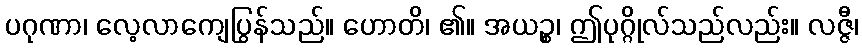
ပဂုဏာ၊ လေ့လာကျေပြွန်သည်။ ဟောတိ၊ ၏။ အယဉ္စ၊ ဤပုဂ္ဂိုလ်သည်လည်း။ လဇ္ဇီ၊